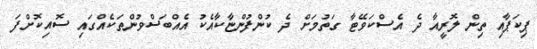
ޕިކަޕާއި ތިން ލޮރީއާ ދެ އެސްކަވޭޓާ ގަތުމަށް ދެ ކުންފުންޏާކާއެކު އެއްބަސްވުންތަކެއްގައި ސޮއިކޮށްފަ